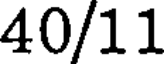
40/11